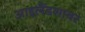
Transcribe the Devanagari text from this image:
आइलैंडशायर